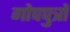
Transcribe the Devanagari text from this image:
गोपपुत्रों